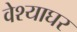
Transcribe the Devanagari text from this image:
वेश्याघर